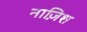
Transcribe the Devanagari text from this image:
नाज़िश